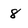
Character: 8